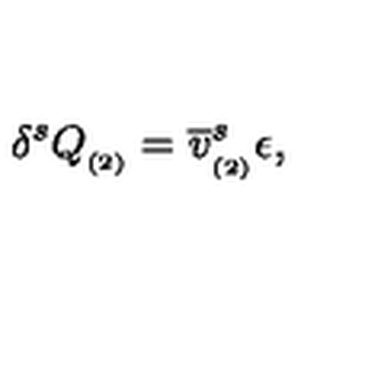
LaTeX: \delta ^ { s } Q _ { _ { ( 2 ) } } = \overline { { v } } _ { _ { ( 2 ) } } ^ { s } \epsilon ,